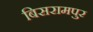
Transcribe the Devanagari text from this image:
बिसरामपुर